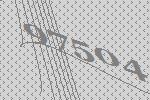
97504